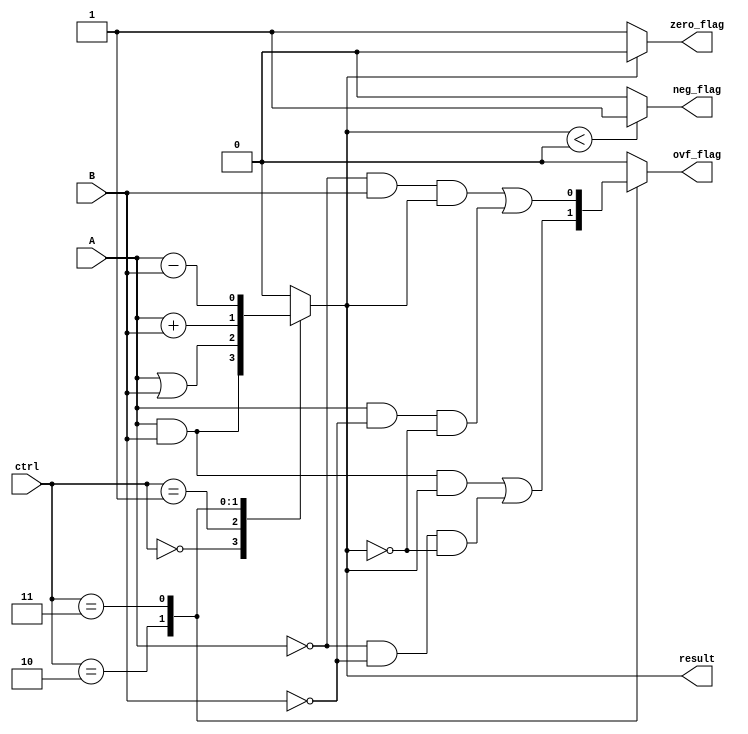
module ALU_1bit(
    input wire A, B,
    input wire [2:0] ctrl,
    output reg result,
    output reg ovf_flag,
    output reg zero_flag,
    output reg neg_flag
);

always @(*)
begin
    case(ctrl)
        3'b000: result = A & B; // AND operation
        3'b001: result = A | B; // OR operation
        3'b010: result = A + B; // Addition
        3'b011: result = A - B; // Subtraction
        default: result = 1'b0; // Default to 0
    endcase
end

// Overflow detection logic
always @(*)
begin
    case(ctrl)
        3'b010: ovf_flag = (A & B & result) | (~A & ~B & ~result); // Overflow during addition
        3'b011: ovf_flag = (~A & B & result) | (A & ~B & ~result); // Overflow during subtraction
        default: ovf_flag = 1'b0; // No overflow
    endcase
end

// Flag generation logic
always @(*)
begin
    zero_flag = (result == 1'b0) ? 1 : 0; // Set zero flag if result is 0
    neg_flag = (result < 1'b0) ? 1 : 0; // Set negative flag if result is negative
end

endmodule